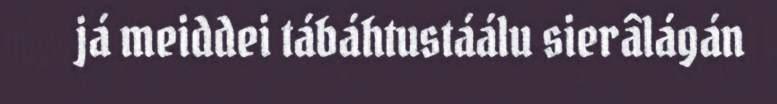
já meiddei tábáhtustáálu sierâlágán